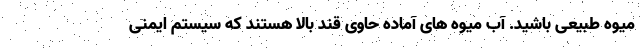
میوه طبیعی باشید. آب میوه های آماده حاوی قند بالا هستند که سیستم ایمنی